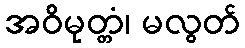
အဝိမုတ္တံ၊ မလွတ်